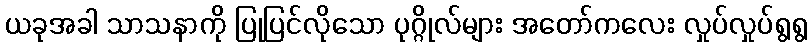
ယခုအခါ သာသနာကို ပြုပြင်လိုသော ပုဂ္ဂိုလ်များ အတော်ကလေး လှုပ်လှုပ်ရွရွ